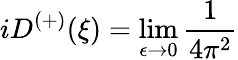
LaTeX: iD^{\left(+\right)}(\xi)=\operatorname*{lim}_{\epsilon\rightarrow 0}\frac{1}{4\pi^{2}}